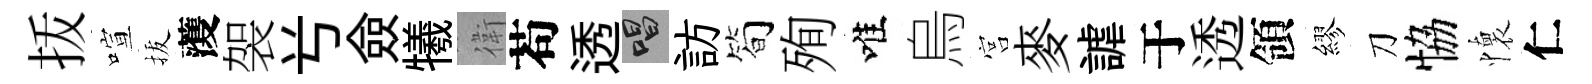
㧞喧拔𮑮袈𠔃僉犧衛苟透唱訪简殉唯烏宫麥謔于透領繆刀恊懷仁